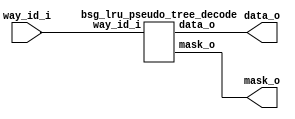


module top
(
  way_id_i,
  data_o,
  mask_o
);

  input [6:0] way_id_i;
  output [126:0] data_o;
  output [126:0] mask_o;

  bsg_lru_pseudo_tree_decode
  wrapper
  (
    .way_id_i(way_id_i),
    .data_o(data_o),
    .mask_o(mask_o)
  );


endmodule



module bsg_lru_pseudo_tree_decode
(
  way_id_i,
  data_o,
  mask_o
);

  input [6:0] way_id_i;
  output [126:0] data_o;
  output [126:0] mask_o;
  wire [126:0] data_o,mask_o;
  wire N0,N1,N2,N3,N4,N5,N6;
  assign mask_o[0] = 1'b1;
  assign data_o[0] = 1'b1 & N0;
  assign N0 = ~way_id_i[6];
  assign mask_o[1] = 1'b1 & N0;
  assign data_o[1] = mask_o[1] & N1;
  assign N1 = ~way_id_i[5];
  assign mask_o[2] = 1'b1 & way_id_i[6];
  assign data_o[2] = mask_o[2] & N1;
  assign mask_o[3] = mask_o[1] & N1;
  assign data_o[3] = mask_o[3] & N2;
  assign N2 = ~way_id_i[4];
  assign mask_o[4] = mask_o[1] & way_id_i[5];
  assign data_o[4] = mask_o[4] & N2;
  assign mask_o[5] = mask_o[2] & N1;
  assign data_o[5] = mask_o[5] & N2;
  assign mask_o[6] = mask_o[2] & way_id_i[5];
  assign data_o[6] = mask_o[6] & N2;
  assign mask_o[7] = mask_o[3] & N2;
  assign data_o[7] = mask_o[7] & N3;
  assign N3 = ~way_id_i[3];
  assign mask_o[8] = mask_o[3] & way_id_i[4];
  assign data_o[8] = mask_o[8] & N3;
  assign mask_o[9] = mask_o[4] & N2;
  assign data_o[9] = mask_o[9] & N3;
  assign mask_o[10] = mask_o[4] & way_id_i[4];
  assign data_o[10] = mask_o[10] & N3;
  assign mask_o[11] = mask_o[5] & N2;
  assign data_o[11] = mask_o[11] & N3;
  assign mask_o[12] = mask_o[5] & way_id_i[4];
  assign data_o[12] = mask_o[12] & N3;
  assign mask_o[13] = mask_o[6] & N2;
  assign data_o[13] = mask_o[13] & N3;
  assign mask_o[14] = mask_o[6] & way_id_i[4];
  assign data_o[14] = mask_o[14] & N3;
  assign mask_o[15] = mask_o[7] & N3;
  assign data_o[15] = mask_o[15] & N4;
  assign N4 = ~way_id_i[2];
  assign mask_o[16] = mask_o[7] & way_id_i[3];
  assign data_o[16] = mask_o[16] & N4;
  assign mask_o[17] = mask_o[8] & N3;
  assign data_o[17] = mask_o[17] & N4;
  assign mask_o[18] = mask_o[8] & way_id_i[3];
  assign data_o[18] = mask_o[18] & N4;
  assign mask_o[19] = mask_o[9] & N3;
  assign data_o[19] = mask_o[19] & N4;
  assign mask_o[20] = mask_o[9] & way_id_i[3];
  assign data_o[20] = mask_o[20] & N4;
  assign mask_o[21] = mask_o[10] & N3;
  assign data_o[21] = mask_o[21] & N4;
  assign mask_o[22] = mask_o[10] & way_id_i[3];
  assign data_o[22] = mask_o[22] & N4;
  assign mask_o[23] = mask_o[11] & N3;
  assign data_o[23] = mask_o[23] & N4;
  assign mask_o[24] = mask_o[11] & way_id_i[3];
  assign data_o[24] = mask_o[24] & N4;
  assign mask_o[25] = mask_o[12] & N3;
  assign data_o[25] = mask_o[25] & N4;
  assign mask_o[26] = mask_o[12] & way_id_i[3];
  assign data_o[26] = mask_o[26] & N4;
  assign mask_o[27] = mask_o[13] & N3;
  assign data_o[27] = mask_o[27] & N4;
  assign mask_o[28] = mask_o[13] & way_id_i[3];
  assign data_o[28] = mask_o[28] & N4;
  assign mask_o[29] = mask_o[14] & N3;
  assign data_o[29] = mask_o[29] & N4;
  assign mask_o[30] = mask_o[14] & way_id_i[3];
  assign data_o[30] = mask_o[30] & N4;
  assign mask_o[31] = mask_o[15] & N4;
  assign data_o[31] = mask_o[31] & N5;
  assign N5 = ~way_id_i[1];
  assign mask_o[32] = mask_o[15] & way_id_i[2];
  assign data_o[32] = mask_o[32] & N5;
  assign mask_o[33] = mask_o[16] & N4;
  assign data_o[33] = mask_o[33] & N5;
  assign mask_o[34] = mask_o[16] & way_id_i[2];
  assign data_o[34] = mask_o[34] & N5;
  assign mask_o[35] = mask_o[17] & N4;
  assign data_o[35] = mask_o[35] & N5;
  assign mask_o[36] = mask_o[17] & way_id_i[2];
  assign data_o[36] = mask_o[36] & N5;
  assign mask_o[37] = mask_o[18] & N4;
  assign data_o[37] = mask_o[37] & N5;
  assign mask_o[38] = mask_o[18] & way_id_i[2];
  assign data_o[38] = mask_o[38] & N5;
  assign mask_o[39] = mask_o[19] & N4;
  assign data_o[39] = mask_o[39] & N5;
  assign mask_o[40] = mask_o[19] & way_id_i[2];
  assign data_o[40] = mask_o[40] & N5;
  assign mask_o[41] = mask_o[20] & N4;
  assign data_o[41] = mask_o[41] & N5;
  assign mask_o[42] = mask_o[20] & way_id_i[2];
  assign data_o[42] = mask_o[42] & N5;
  assign mask_o[43] = mask_o[21] & N4;
  assign data_o[43] = mask_o[43] & N5;
  assign mask_o[44] = mask_o[21] & way_id_i[2];
  assign data_o[44] = mask_o[44] & N5;
  assign mask_o[45] = mask_o[22] & N4;
  assign data_o[45] = mask_o[45] & N5;
  assign mask_o[46] = mask_o[22] & way_id_i[2];
  assign data_o[46] = mask_o[46] & N5;
  assign mask_o[47] = mask_o[23] & N4;
  assign data_o[47] = mask_o[47] & N5;
  assign mask_o[48] = mask_o[23] & way_id_i[2];
  assign data_o[48] = mask_o[48] & N5;
  assign mask_o[49] = mask_o[24] & N4;
  assign data_o[49] = mask_o[49] & N5;
  assign mask_o[50] = mask_o[24] & way_id_i[2];
  assign data_o[50] = mask_o[50] & N5;
  assign mask_o[51] = mask_o[25] & N4;
  assign data_o[51] = mask_o[51] & N5;
  assign mask_o[52] = mask_o[25] & way_id_i[2];
  assign data_o[52] = mask_o[52] & N5;
  assign mask_o[53] = mask_o[26] & N4;
  assign data_o[53] = mask_o[53] & N5;
  assign mask_o[54] = mask_o[26] & way_id_i[2];
  assign data_o[54] = mask_o[54] & N5;
  assign mask_o[55] = mask_o[27] & N4;
  assign data_o[55] = mask_o[55] & N5;
  assign mask_o[56] = mask_o[27] & way_id_i[2];
  assign data_o[56] = mask_o[56] & N5;
  assign mask_o[57] = mask_o[28] & N4;
  assign data_o[57] = mask_o[57] & N5;
  assign mask_o[58] = mask_o[28] & way_id_i[2];
  assign data_o[58] = mask_o[58] & N5;
  assign mask_o[59] = mask_o[29] & N4;
  assign data_o[59] = mask_o[59] & N5;
  assign mask_o[60] = mask_o[29] & way_id_i[2];
  assign data_o[60] = mask_o[60] & N5;
  assign mask_o[61] = mask_o[30] & N4;
  assign data_o[61] = mask_o[61] & N5;
  assign mask_o[62] = mask_o[30] & way_id_i[2];
  assign data_o[62] = mask_o[62] & N5;
  assign mask_o[63] = mask_o[31] & N5;
  assign data_o[63] = mask_o[63] & N6;
  assign N6 = ~way_id_i[0];
  assign mask_o[64] = mask_o[31] & way_id_i[1];
  assign data_o[64] = mask_o[64] & N6;
  assign mask_o[65] = mask_o[32] & N5;
  assign data_o[65] = mask_o[65] & N6;
  assign mask_o[66] = mask_o[32] & way_id_i[1];
  assign data_o[66] = mask_o[66] & N6;
  assign mask_o[67] = mask_o[33] & N5;
  assign data_o[67] = mask_o[67] & N6;
  assign mask_o[68] = mask_o[33] & way_id_i[1];
  assign data_o[68] = mask_o[68] & N6;
  assign mask_o[69] = mask_o[34] & N5;
  assign data_o[69] = mask_o[69] & N6;
  assign mask_o[70] = mask_o[34] & way_id_i[1];
  assign data_o[70] = mask_o[70] & N6;
  assign mask_o[71] = mask_o[35] & N5;
  assign data_o[71] = mask_o[71] & N6;
  assign mask_o[72] = mask_o[35] & way_id_i[1];
  assign data_o[72] = mask_o[72] & N6;
  assign mask_o[73] = mask_o[36] & N5;
  assign data_o[73] = mask_o[73] & N6;
  assign mask_o[74] = mask_o[36] & way_id_i[1];
  assign data_o[74] = mask_o[74] & N6;
  assign mask_o[75] = mask_o[37] & N5;
  assign data_o[75] = mask_o[75] & N6;
  assign mask_o[76] = mask_o[37] & way_id_i[1];
  assign data_o[76] = mask_o[76] & N6;
  assign mask_o[77] = mask_o[38] & N5;
  assign data_o[77] = mask_o[77] & N6;
  assign mask_o[78] = mask_o[38] & way_id_i[1];
  assign data_o[78] = mask_o[78] & N6;
  assign mask_o[79] = mask_o[39] & N5;
  assign data_o[79] = mask_o[79] & N6;
  assign mask_o[80] = mask_o[39] & way_id_i[1];
  assign data_o[80] = mask_o[80] & N6;
  assign mask_o[81] = mask_o[40] & N5;
  assign data_o[81] = mask_o[81] & N6;
  assign mask_o[82] = mask_o[40] & way_id_i[1];
  assign data_o[82] = mask_o[82] & N6;
  assign mask_o[83] = mask_o[41] & N5;
  assign data_o[83] = mask_o[83] & N6;
  assign mask_o[84] = mask_o[41] & way_id_i[1];
  assign data_o[84] = mask_o[84] & N6;
  assign mask_o[85] = mask_o[42] & N5;
  assign data_o[85] = mask_o[85] & N6;
  assign mask_o[86] = mask_o[42] & way_id_i[1];
  assign data_o[86] = mask_o[86] & N6;
  assign mask_o[87] = mask_o[43] & N5;
  assign data_o[87] = mask_o[87] & N6;
  assign mask_o[88] = mask_o[43] & way_id_i[1];
  assign data_o[88] = mask_o[88] & N6;
  assign mask_o[89] = mask_o[44] & N5;
  assign data_o[89] = mask_o[89] & N6;
  assign mask_o[90] = mask_o[44] & way_id_i[1];
  assign data_o[90] = mask_o[90] & N6;
  assign mask_o[91] = mask_o[45] & N5;
  assign data_o[91] = mask_o[91] & N6;
  assign mask_o[92] = mask_o[45] & way_id_i[1];
  assign data_o[92] = mask_o[92] & N6;
  assign mask_o[93] = mask_o[46] & N5;
  assign data_o[93] = mask_o[93] & N6;
  assign mask_o[94] = mask_o[46] & way_id_i[1];
  assign data_o[94] = mask_o[94] & N6;
  assign mask_o[95] = mask_o[47] & N5;
  assign data_o[95] = mask_o[95] & N6;
  assign mask_o[96] = mask_o[47] & way_id_i[1];
  assign data_o[96] = mask_o[96] & N6;
  assign mask_o[97] = mask_o[48] & N5;
  assign data_o[97] = mask_o[97] & N6;
  assign mask_o[98] = mask_o[48] & way_id_i[1];
  assign data_o[98] = mask_o[98] & N6;
  assign mask_o[99] = mask_o[49] & N5;
  assign data_o[99] = mask_o[99] & N6;
  assign mask_o[100] = mask_o[49] & way_id_i[1];
  assign data_o[100] = mask_o[100] & N6;
  assign mask_o[101] = mask_o[50] & N5;
  assign data_o[101] = mask_o[101] & N6;
  assign mask_o[102] = mask_o[50] & way_id_i[1];
  assign data_o[102] = mask_o[102] & N6;
  assign mask_o[103] = mask_o[51] & N5;
  assign data_o[103] = mask_o[103] & N6;
  assign mask_o[104] = mask_o[51] & way_id_i[1];
  assign data_o[104] = mask_o[104] & N6;
  assign mask_o[105] = mask_o[52] & N5;
  assign data_o[105] = mask_o[105] & N6;
  assign mask_o[106] = mask_o[52] & way_id_i[1];
  assign data_o[106] = mask_o[106] & N6;
  assign mask_o[107] = mask_o[53] & N5;
  assign data_o[107] = mask_o[107] & N6;
  assign mask_o[108] = mask_o[53] & way_id_i[1];
  assign data_o[108] = mask_o[108] & N6;
  assign mask_o[109] = mask_o[54] & N5;
  assign data_o[109] = mask_o[109] & N6;
  assign mask_o[110] = mask_o[54] & way_id_i[1];
  assign data_o[110] = mask_o[110] & N6;
  assign mask_o[111] = mask_o[55] & N5;
  assign data_o[111] = mask_o[111] & N6;
  assign mask_o[112] = mask_o[55] & way_id_i[1];
  assign data_o[112] = mask_o[112] & N6;
  assign mask_o[113] = mask_o[56] & N5;
  assign data_o[113] = mask_o[113] & N6;
  assign mask_o[114] = mask_o[56] & way_id_i[1];
  assign data_o[114] = mask_o[114] & N6;
  assign mask_o[115] = mask_o[57] & N5;
  assign data_o[115] = mask_o[115] & N6;
  assign mask_o[116] = mask_o[57] & way_id_i[1];
  assign data_o[116] = mask_o[116] & N6;
  assign mask_o[117] = mask_o[58] & N5;
  assign data_o[117] = mask_o[117] & N6;
  assign mask_o[118] = mask_o[58] & way_id_i[1];
  assign data_o[118] = mask_o[118] & N6;
  assign mask_o[119] = mask_o[59] & N5;
  assign data_o[119] = mask_o[119] & N6;
  assign mask_o[120] = mask_o[59] & way_id_i[1];
  assign data_o[120] = mask_o[120] & N6;
  assign mask_o[121] = mask_o[60] & N5;
  assign data_o[121] = mask_o[121] & N6;
  assign mask_o[122] = mask_o[60] & way_id_i[1];
  assign data_o[122] = mask_o[122] & N6;
  assign mask_o[123] = mask_o[61] & N5;
  assign data_o[123] = mask_o[123] & N6;
  assign mask_o[124] = mask_o[61] & way_id_i[1];
  assign data_o[124] = mask_o[124] & N6;
  assign mask_o[125] = mask_o[62] & N5;
  assign data_o[125] = mask_o[125] & N6;
  assign mask_o[126] = mask_o[62] & way_id_i[1];
  assign data_o[126] = mask_o[126] & N6;

endmodule